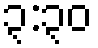
၃:၃၀